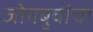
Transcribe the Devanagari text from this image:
जोगबुवांचा